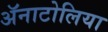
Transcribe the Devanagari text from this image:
ॲनाटोलिया